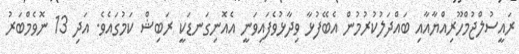
ރައީސުލްޖުމްހޫރިއްޔާއާއި ބައްދަލުކުރުމުން އެބޭފުޅާ ވިދާޅުވެފައިވަނީ އެއޮނިގަނޑަކީ ރަބިޝް ކަމުގައެވެ. އަދި 13 ނޮވެމްބަރު